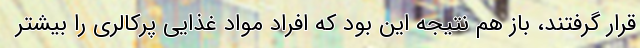
قرار گرفتند، باز هم نتیجه این بود که افراد مواد غذایی پرکالری را بیشتر